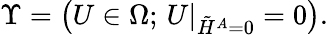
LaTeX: \Upsilon=\left(U\in\Omega;\, U\vert_{\tilde{H}^{A}=0}=0\right).